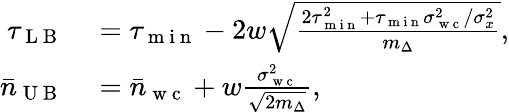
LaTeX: \begin{array}{rl}{\tau_{\mathrm{~L~B~}}}&{{}=\tau_{\mathrm{~m~i~n~}}-2w\sqrt{\frac{2\tau_{\mathrm{~m~i~n~}}^{2}+\tau_{\mathrm{~m~i~n~}}\sigma_{\mathrm{~w~c~}}^{2}/\sigma_{x}^{2}}{m_{\Delta}}},}\\ {\bar{n}_{\mathrm{~U~B~}}}&{{}=\bar{n}_{\mathrm{~w~c~}}+w\frac{\sigma_{\mathrm{~w~c~}}^{2}}{\sqrt{2m_{\Delta}}},}\end{array}